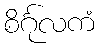
စိင်္ဂုလကံ